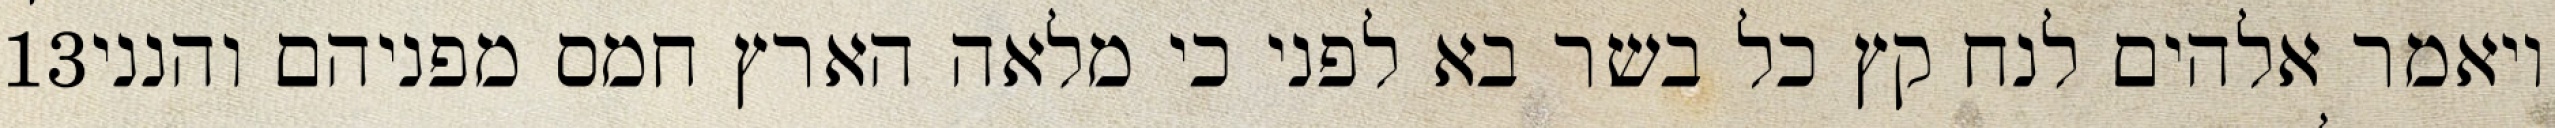
‎13‏ ויאמר אלהים לנח קץ כל בשר בא לפני כי מלאה הארץ חמס מפניהם והנני